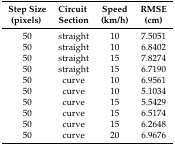
<table><thead><tr><td><b>Step Size</b></td><td><b>Circuit</b></td><td><b>Speed</b></td><td><b>RMSE</b></td></tr><tr><td><b>(pixels)</b></td><td><b>Section</b></td><td><b>(km/h)</b></td><td><b>(cm)</b></td></tr></thead><tbody><tr><td>50</td><td>straight</td><td>10</td><td>7.5051</td></tr><tr><td>50</td><td>straight</td><td>10</td><td>6.8402</td></tr><tr><td>50</td><td>straight</td><td>15</td><td>7.8274</td></tr><tr><td>50</td><td>straight</td><td>15</td><td>6.7190</td></tr><tr><td>50</td><td>curve</td><td>10</td><td>6.9561</td></tr><tr><td>50</td><td>curve</td><td>10</td><td>5.1034</td></tr><tr><td>50</td><td>curve</td><td>15</td><td>5.5429</td></tr><tr><td>50</td><td>curve</td><td>15</td><td>6.5174</td></tr><tr><td>50</td><td>curve</td><td>15</td><td>6.2648</td></tr><tr><td>50</td><td>curve</td><td>20</td><td>6.9676</td></tr></tbody></table>